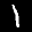
Label: 1